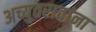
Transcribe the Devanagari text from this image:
अच्युतरावांना